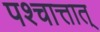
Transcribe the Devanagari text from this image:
पश्चात्तात्‌